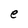
Character: e